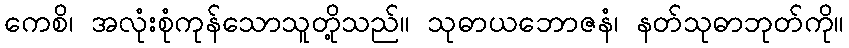
ကေစိ၊ အလုံးစုံကုန်သောသူတို့သည်။ သုဓာယဘောဇနံ၊ နတ်သုဓာဘုတ်ကို။